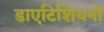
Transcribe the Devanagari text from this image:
डाएटिशियनों